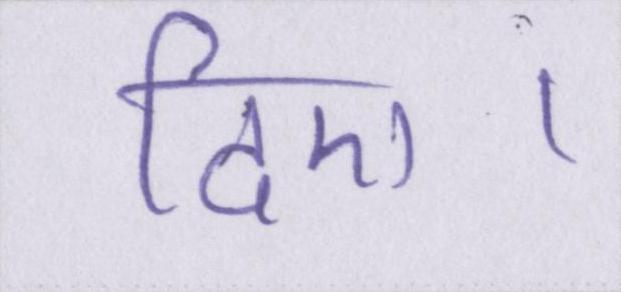
दिए।